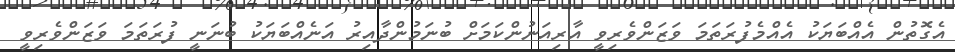
އެގޮތުން އެއްބަޔަކު އެއްމެފުރަތަމަ ވަޒަންވެރިވީ އާރިއަނުންކަމަށް ބުނަމުންދާއިރު އަނެއްބަޔަކު ބުނަނީ ފުރަތަމަ ވަޒަންވެރިވީ